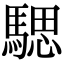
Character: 騦